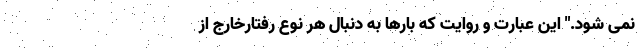
نمی شود." این عبارت و روایت که بارها به دنبال هر نوع رفتارخارج از